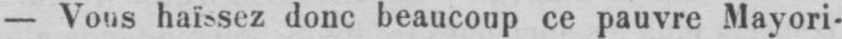
- Vous haïssez donc beaucoup ce pauvre Mayori-